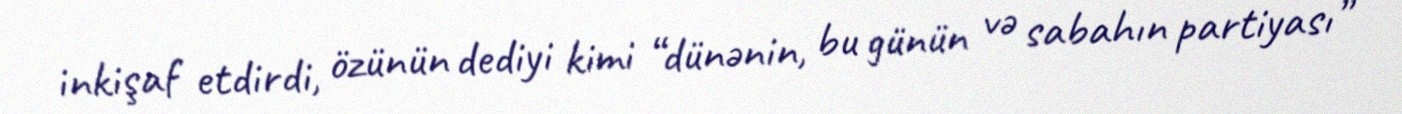
inkişaf etdirdi, özünün dediyi kimi “dünənin, bu günün və sabahın partiyası”